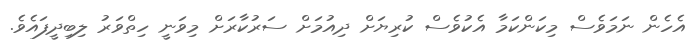
އެހެން ނަމަވެސް މިކަންކަމާ އެކުވެސް ކުރިޔަށް ދިއުމަށް ސަރުކާރަށް މިވަނީ ހިތްވަރު ލިބިދީފައެވެ.